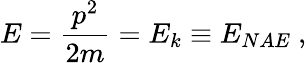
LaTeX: E=\frac{p^{2}}{2m}=E_{k}\equiv E_{NAE}\ ,